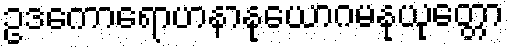
ဥဒကောရောဟနာနုယောဂမနုယုတ္တော